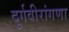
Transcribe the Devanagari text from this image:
दुर्गवीरांगणा